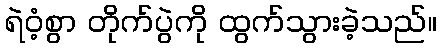
ရဲဝံ့စွာ တိုက်ပွဲကို ထွက်သွားခဲ့သည်။